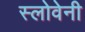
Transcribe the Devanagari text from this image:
स्लोवेनी